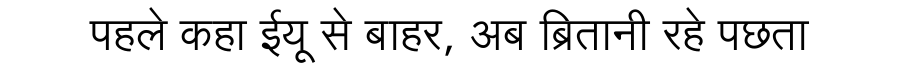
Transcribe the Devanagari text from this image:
पहले कहा ईयू से बाहर, अब ब्रितानी रहे पछता